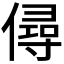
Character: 𠎅